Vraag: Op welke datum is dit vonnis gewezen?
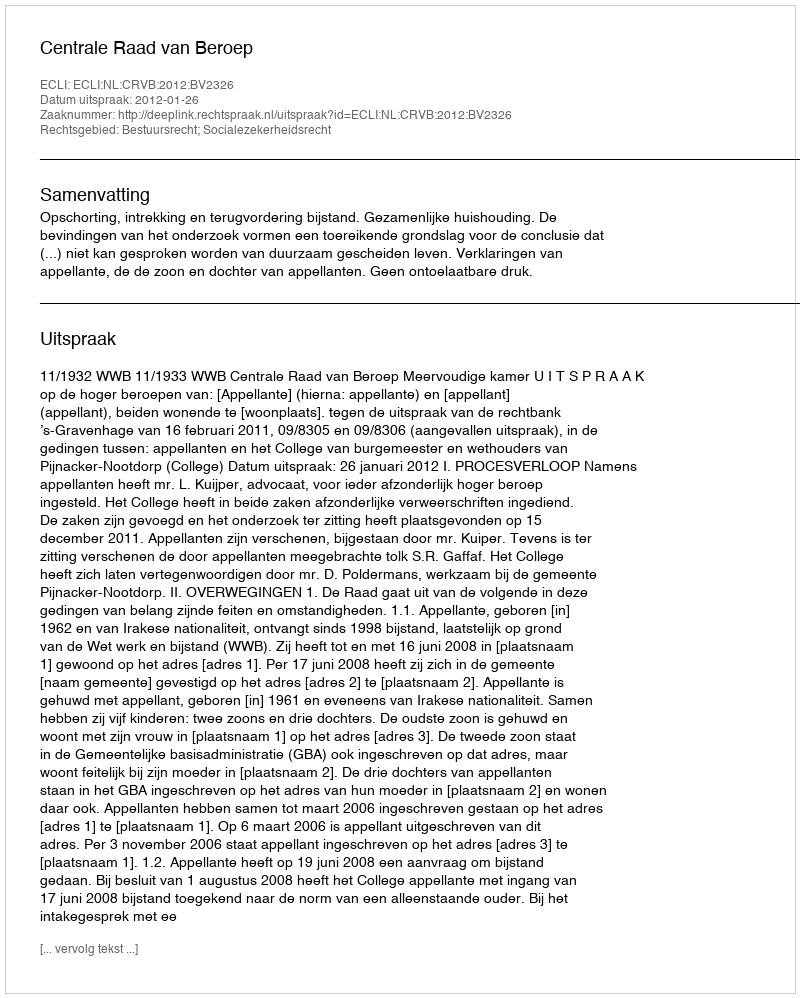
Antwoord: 2012-01-26